Report on vaccination in the Province of Bengal - 1869-1873
Year: 1869
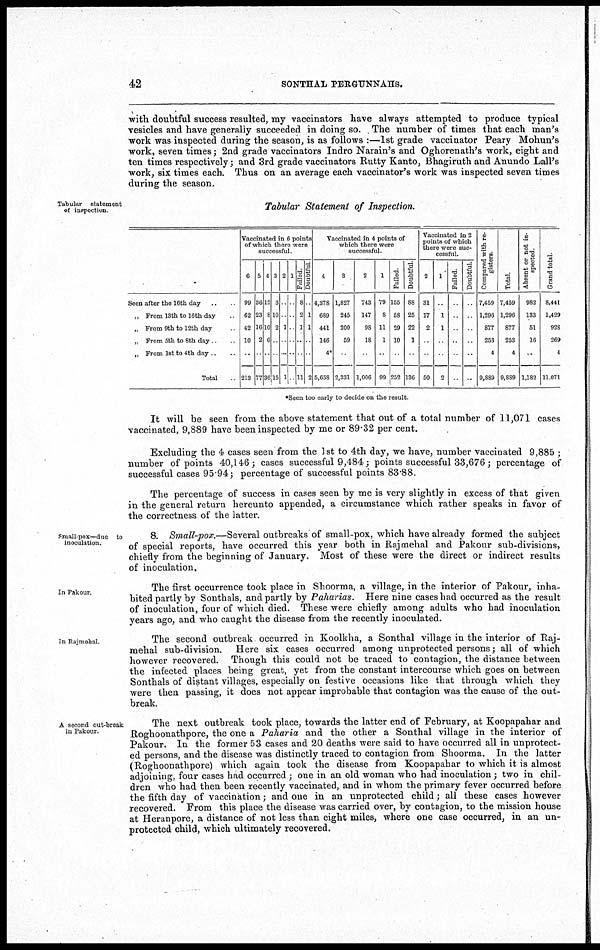
42
SONTHAL PERGUNNAHS.
with doubtful success resulted, my vaccinators have always attempted to produce typical
vesicles and have generally succeeded in doing so. The number of times that each man's
work was inspected during the season, is as follows :—1st grade vaccinator Peary Mohun's
work, seven times; 2nd grade vaccinators Indro Narain's and Oghorenath's work, eight and
ten times respectively; and 3rd grade vaccinators Rutty Kanto, Bhagiruth and Anundo Lall's
work, six times each. Thus on an average each vaccinator's work was inspected seven times
during the season.
Tabular statement
of inspection
Tabular Statement of Inspection.
Seen after the 16th day ..
„ From 13th to 16th day ..
„ From 9th to 12th day ..
„ From 5th to 8th day ..
„ From 1st to 4th day ..
Total
Vaccinated in 6 points
of which there were
successful
6
99
62
42
10
..
213
5
36
23
16
2
..
77
4
12
8
10
6
..
36
3
3
10
2
..
..
15
2
..
..
1
..
..
1
1
..
..
..
..
..
..
Fulled
8
2
1
..
..
11
Doubtful.
..
1
1
..
..
2
Vaccinated in 4 points of
which there were
successful.
4
4,378
689
441
146
4*
5,658
3
1,827
245
200
59
..
2,331
2
743
147
98
18
..
1,006
1
79
8
11
1
..
99
Failed.
155
58
29
10
..
252
Doubtful
88
25
22
1
..
136
Vaccinated in 2
points of which
there were suc-
cessful.
2
31
17
2
..
..
50
1
..
1
1
..
..
2
Failed.
..
..
..
..
..
..
Doubtful.
..
..
..
..
..
..
Compared with re-
gisters.
7,459
1,296
877
253
4
9,889
Total.
7,459
1,296
877
253
4
9,889
Absent or not in-
spected.
982
133
51
16
..
1,182
Grand total.
8,441
1,429
928
269
4
11,071
*Seen too early to decide on the result.
It will be seen from the above statement that out of a total number of 11,071 cases
vaccinated, 9,889 have been inspected by me or 89.32 per cent.
Excluding the 4 cases seen from the 1st to 4th day, we have, number vaccinated 9,885 ;
number of points 40,146; cases successful 9,484; points successful 33,676; percentage of
successful cases 95.94 ; percentage of successful points 83.88.
The percentage of success in cases seen by me is very slightly in excess of that given
in the general return hereunto appended, a circumstance which rather speaks in favor of
the correctness of the latter.
Small-pox—due to
inoculation.
8. Small-pox.—Several outbreaks of small-pox, which have already formed the subject
of special reports, have occurred this year both in Rajmehal and Pakour sub-divisions,
chiefly from the beginning of January. Most of these were the direct or indirect results
of inoculation,
In Pakour
The first occurrence took place in Shoorma, a village, in the interior of Pakour, inha-
bited partly by Sonthals, and partly by Paharias. Here nine cases had occurred as the result
of inoculation, four of which died. These were chiefly among adults who had inoculation
years ago, and who caught the disease from the recently inoculated.
In Rajmehal.
The second outbreak occurred in Koolkha, a Sonthal village in the interior of Raj-
mehal sub-division. Here six cases occurred among unprotected persons; all of which
however recovered. Though this could not be traced to contagion, the distance between
the infected places being great, yet from the constant intercourse which goes on between
Sonthals of distant villages, especially on festive occasions like that through which they
were then passing, it does not appear improbable that contagion was the cause of the out-
break.
A second out-break
in Pakour.
The next outbreak took place, towards the latter end of February, at Koopapahar and
Roghoonathpore, the one a Paharia and the other a Sonthal village in the interior of
Pakour. In the former 53 cases and 20 deaths were said to have occurred all in unprotect-
ed persons, and the disease was distinctly traced to contagion from Shoorma. In the latter
(Roghoonathpore) which again took the disease from Koopapahar to which it is almost
adjoining, four cases had occurred ; one in an old woman who had inoculation; two in chil-
dren who had then been recently vaccinated, and in whom the primary fever occurred before
the fifth day of vaccination; and one in an unprotected child; all these cases however
recovered. From this place the disease was carried over, by contagion, to the mission house
at Heranpore, a distance of not less than eight miles, where one case occurred, in an un-
protected child, which ultimately recovered.